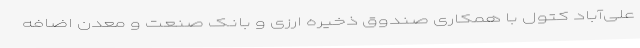
علی‌آباد کتول با همکاری صندوق ذخیره ارزی و بانک صنعت و معدن اضافه